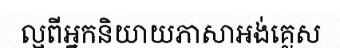
ល្អពីអ្នកនិយាយភាសាអង់គ្លេស